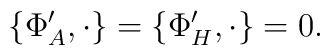
\{ \Phi'_A, \cdot\}=\{ \Phi'_H, \cdot\}=0.